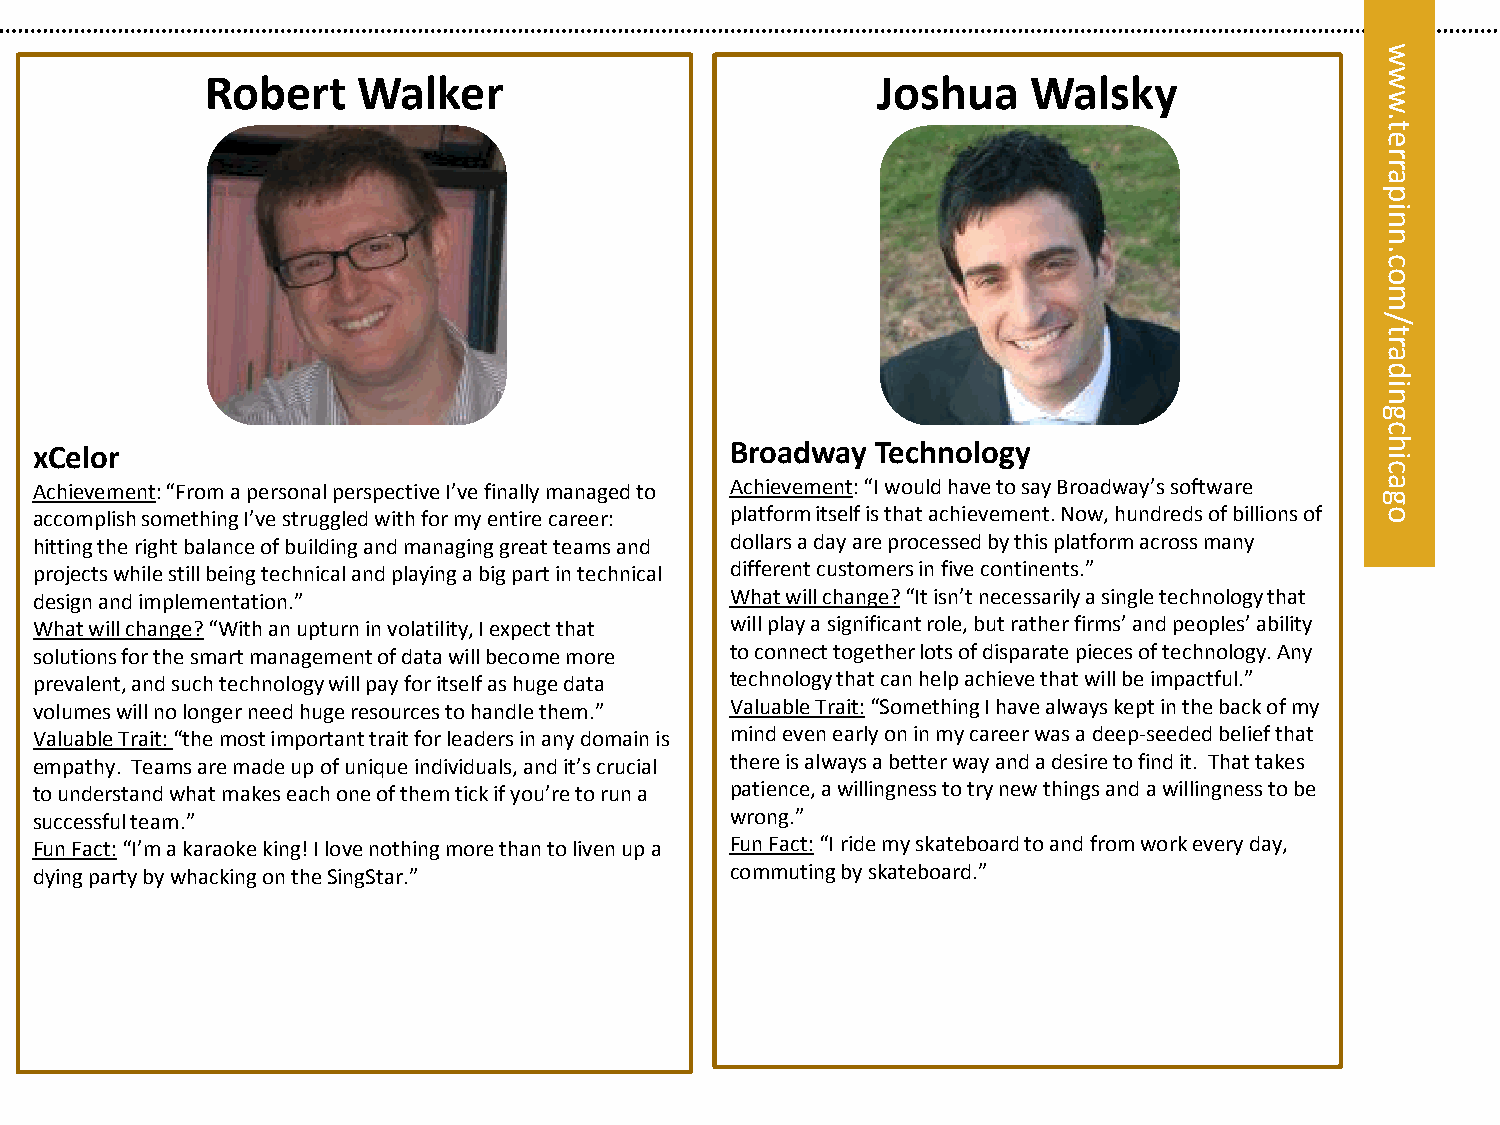
w
 Robert    Walker                            Joshua    Walsky                 w
 w
 .
 t
 e
 r
 r
 eta
 rrp
 pa ni
 ni
 n
 n.
 oc. oc
 m
 m
 /
 ol/
 yt
 ar
 aytl da
 si
 ain
 g
 c
 xCelor                                        Broadway  Technology                       h
 i
 c
 Achievement: “From a personal perspective I’ve finally managed to Achievement: “I would have to say Broadway’s software a
 g
 accomplish something I’ve struggled with for my entire career: platform itself is that achievement. Now, hundreds of billions of o
 hitting the right balance of building and managing great teams and dollars a day are processed by this platform across many
 projects while still being technical and playing a big part in technical different customers in five continents.”
 design and implementation.”                   What will change? “It isn’t necessarily a single technology that
 What will change? “With an upturn in volatility, I expect that will play a significant role, but rather firms’ and peoples’ ability
 solutions for the smart management of data will become more to connect together lots of disparate pieces of technology. Any
 prevalent, and such technology will pay for itself as huge data technology that can help achieve that will be impactful.”
 volumes will no longer need huge resources to handle them.” Valuable Trait: “Something I have always kept in the back of my
 Valuable Trait: “the most important trait for leaders in any domain is mind even early on in my career was a deep-seeded belief that
 empathy. Teams are made up of unique individuals, and it’s crucial there is always a better way and a desire to find it. That takes
 to understand what makes each one of them tick if you’re to run a patience, a willingness to try new things and a willingness to be
 successful team.”                             wrong.”
 Fun Fact: “I’m a karaoke king! I love nothing more than to liven up a Fun Fact: “I ride my skateboard to and from work every day,
 dying party by whacking on the SingStar.”     commuting by skateboard.”